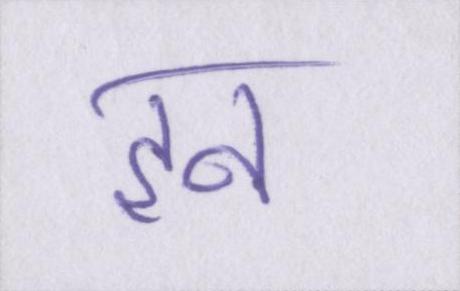
इन